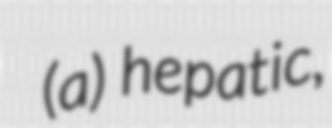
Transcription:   (a) hepatic,